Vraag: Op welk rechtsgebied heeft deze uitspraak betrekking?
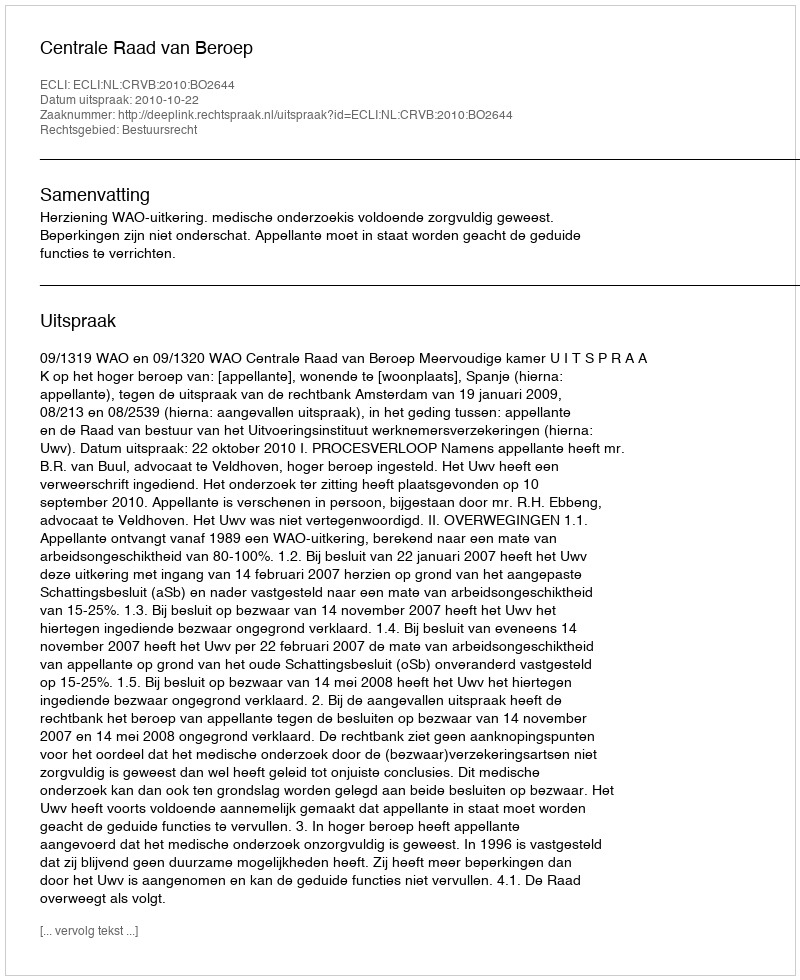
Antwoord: Bestuursrecht